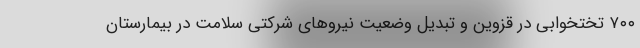
۷۰۰ تختخوابی در قزوین و تبدیل وضعیت نیروهای شرکتی سلامت در بیمارستان